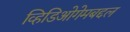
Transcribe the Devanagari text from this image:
व्हिडिओगेमबद्दल